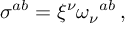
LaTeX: \sigma ^ { a b } = \xi ^ { \nu } \omega _ { \nu } { } ^ { a b } \, ,